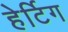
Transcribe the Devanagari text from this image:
हेर्टिग